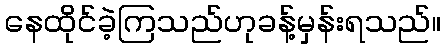
နေထိုင်ခဲ့ကြသည်ဟုခန့်မှန်းရသည်။